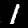
Label: 1